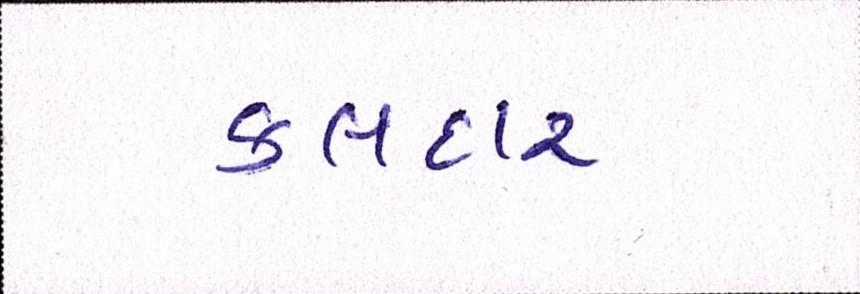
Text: કલદાર